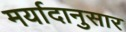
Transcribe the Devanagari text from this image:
मर्यादानुसार